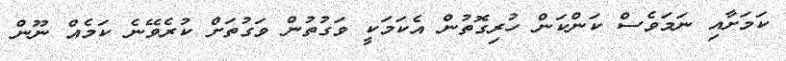
ކަމަށާއި ނަމަވެސް ކަންކަން ހުރިގޮތުން އެކަމަކީ ވަގުތުން ވަގުތަށް ކުރެވޭނެ ކަމެއް ނޫން